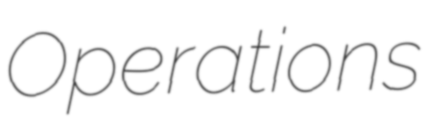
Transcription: Operations